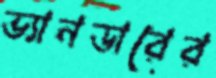
ভ্যানডারের